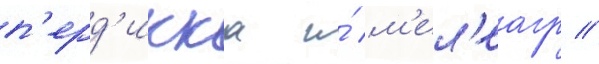
п'ерд'икка и́ м'ел'еагр //